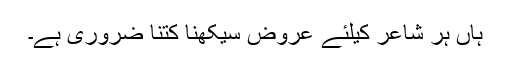
ہاں ہر شاعر کیلئے عروض سیکھنا کتنا ضروری ہے۔